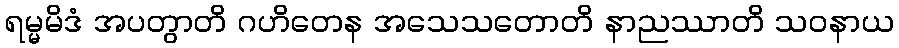
ရမ္မမိဒံ အပတွာတိ ဂဟိတေန အသေသတောတိ နာညဿာတိ သဝနာယ